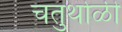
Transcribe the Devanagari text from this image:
चतुर्थोळी